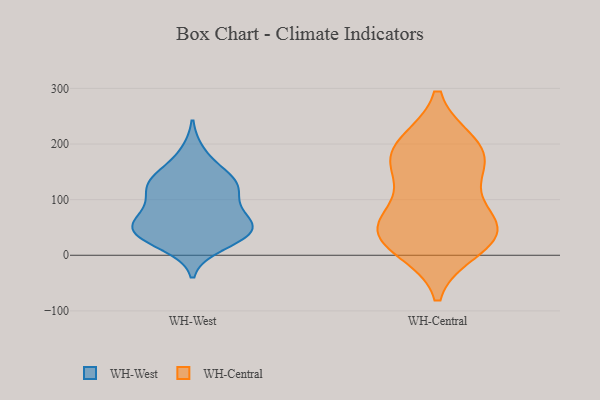
{"axis": {"x": "Production Output", "y": "Value"}, "legend": ["WH-Central", "WH-West"], "data": [{"x": "", "y": 81, "type": "WH-West"}, {"x": "", "y": 136, "type": "WH-West"}, {"x": "", "y": 34, "type": "WH-West"}, {"x": "", "y": 142, "type": "WH-West"}, {"x": "", "y": 39, "type": "WH-West"}, {"x": "", "y": 183, "type": "WH-West"}, {"x": "", "y": 133, "type": "WH-West"}, {"x": "", "y": 19, "type": "WH-West"}, {"x": "", "y": 57, "type": "WH-West"}, {"x": "", "y": 54, "type": "WH-West"}, {"x": "", "y": 101, "type": "WH-West"}, {"x": "", "y": 120, "type": "WH-West"}, {"x": "", "y": 43, "type": "WH-West"}, {"x": "", "y": 59, "type": "WH-West"}, {"x": "", "y": 119, "type": "WH-West"}, {"x": "", "y": 43, "type": "WH-West"}, {"x": "", "y": 29, "type": "WH-Central"}, {"x": "", "y": 196, "type": "WH-Central"}, {"x": "", "y": 62, "type": "WH-Central"}, {"x": "", "y": 166, "type": "WH-Central"}, {"x": "", "y": 14, "type": "WH-Central"}, {"x": "", "y": 54, "type": "WH-Central"}, {"x": "", "y": 199, "type": "WH-Central"}, {"x": "", "y": 177, "type": "WH-Central"}, {"x": "", "y": 40, "type": "WH-Central"}, {"x": "", "y": 135, "type": "WH-Central"}, {"x": "", "y": 49, "type": "WH-Central"}]}